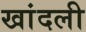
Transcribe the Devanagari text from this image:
खांदली